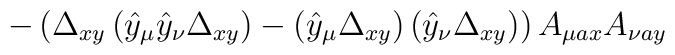
-\left(\Delta_{xy}\left(\hat{y}_\mu\hat{y}_\nu\Delta_{xy}\right)-\left(	\hat{y}_\mu\Delta_{xy}\right)\left(\hat{y}_\nu\Delta_{xy}\right)\right)	A_{\mu ax}A_{\nu ay}